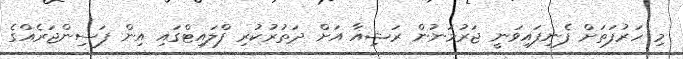
މި ހަރުފަތަށް ފެނިފައިވަނީ ޖަރުމަނުން ރަޝިއާ އަށް ދަތުރުކުރި ފްލައިޓްގައި އިން ފަސިންޖަރެއްގެ